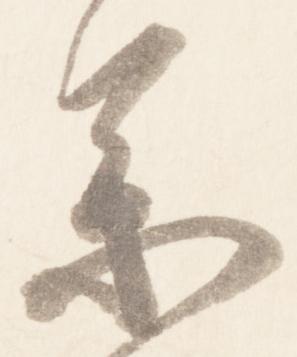
参